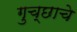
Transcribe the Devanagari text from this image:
गुच्छाचे